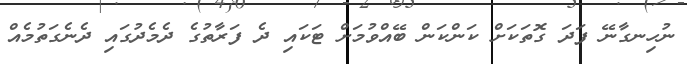
ނުހިނގާނޭ ފަދަ ގޮތަކަށް ކަންކަން ބޭއްވުމަށް ޓަކައި ދެ ފަރާތުގެ ދެމެދުގައި ދެނެގަތުމެއް